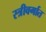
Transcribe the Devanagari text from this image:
स्त्रीवर्गात